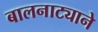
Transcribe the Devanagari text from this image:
बालनाट्याने